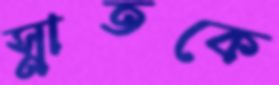
স্নাতকে